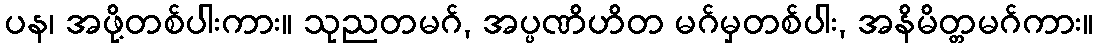
ပန၊ အဖို့တစ်ပါးကား။ သုညတမဂ်, အပ္ပဏိဟိတ မဂ်မှတစ်ပါး, အနိမိတ္တမဂ်ကား။